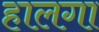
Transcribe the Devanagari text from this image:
हालगा